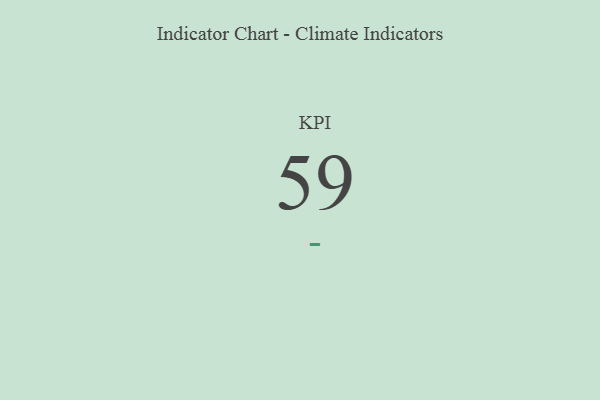
{"axis": {"x": "KPI", "y": "Value"}, "legend": [""], "data": [{"x": "KPI", "y": 59, "type": ""}]}